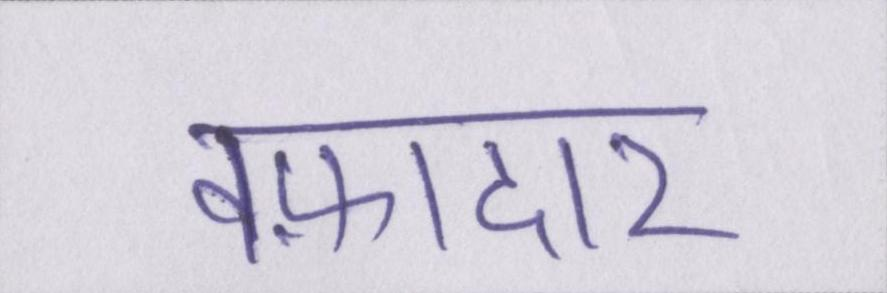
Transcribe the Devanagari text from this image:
वफ़ादार